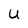
Character: U